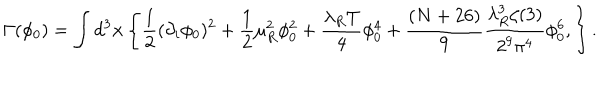
LaTeX: \Gamma ( \phi _ { 0 } ) = \int d ^ { 3 } { \bf x } \left\{ \frac { 1 } { 2 } ( \partial _ { i } \phi _ { 0 } ) ^ { 2 } + \frac { 1 } { 2 } \mu _ { R } ^ { 2 } \phi _ { 0 } ^ { 2 } + \frac { \lambda _ { R } T } { 4 } \phi _ { 0 } ^ { 4 } + \frac { ( N + 2 6 ) } { 9 } \frac { \lambda _ { R } ^ { 3 } \zeta ( 3 ) } { 2 ^ { 9 } \pi ^ { 4 } } \phi _ { 0 } ^ { 6 } , \right\} .